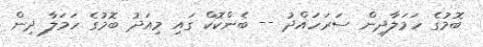
ބޮމުގެ ހަމަލާދިން ސަރަހައްދު -- ބެންކޮކް ގައި މިއަދު ބޮމުގެ ހަމަލާ ދިން